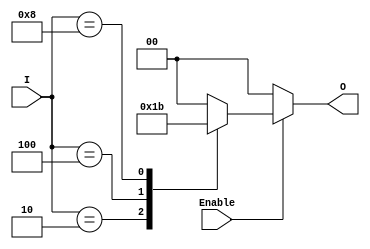
module binary_encoder (
    input wire [3:0] I,  // 4 input lines
    input wire Enable,    // Enable signal
    output reg [1:0] O   // 2-bit output
);

// Combinational logic to encode input
always @(*) begin
    if (!Enable) begin
        O = 2'b00; // If not enabled, output is 0
    end else begin
        case (I)
            4'b0001: O = 2'b00; // I0 is active
            4'b0010: O = 2'b01; // I1 is active
            4'b0100: O = 2'b10; // I2 is active
            4'b1000: O = 2'b11; // I3 is active
            default: O = 2'b00;  // For multiple active inputs or none
        endcase
    end
end

endmodule